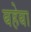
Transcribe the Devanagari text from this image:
बहेबा